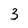
Character: 3